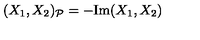
( X _ { 1 } , X _ { 2 } ) _ { \mathcal { P } } = - \mathrm { I m } ( X _ { 1 } , X _ { 2 } )